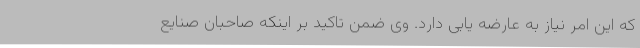
که این امر نیاز به عارضه یابی دارد. وی ضمن تاکید بر اینکه صاحبان صنایع